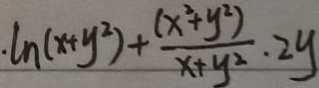
\ln ( x + y ^ { 2 } ) + \frac { ( x ^ { 2 } + y ^ { 2 } ) } { x + y ^ { 2 } } \cdot 2 y